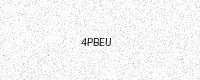
Text: 4PBEU